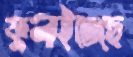
ফুলাইতেছে